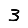
Digit: 3